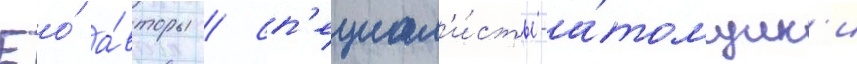
Ео́ а́вторы / сп'ециал'и́сты-а́томщик'и